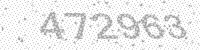
Solution: 472963